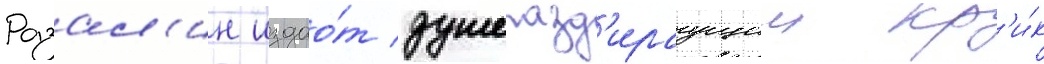
Розал'ин издао́т душеразд'ираущии кр'и́к